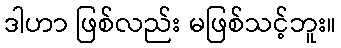
ဒါဟာ ဖြစ်လည်း မဖြစ်သင့်ဘူး။